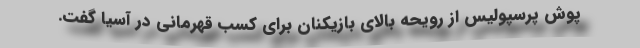
پوش پرسپولیس از رویحه بالای بازیکنان برای کسب قهرمانی در آسیا گفت.